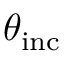
\theta _ { \mathrm { i n c } }